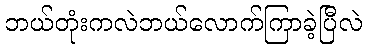
ဘယ်တုံးကလဲဘယ်လောက်ကြာခဲ့ပြီလဲ